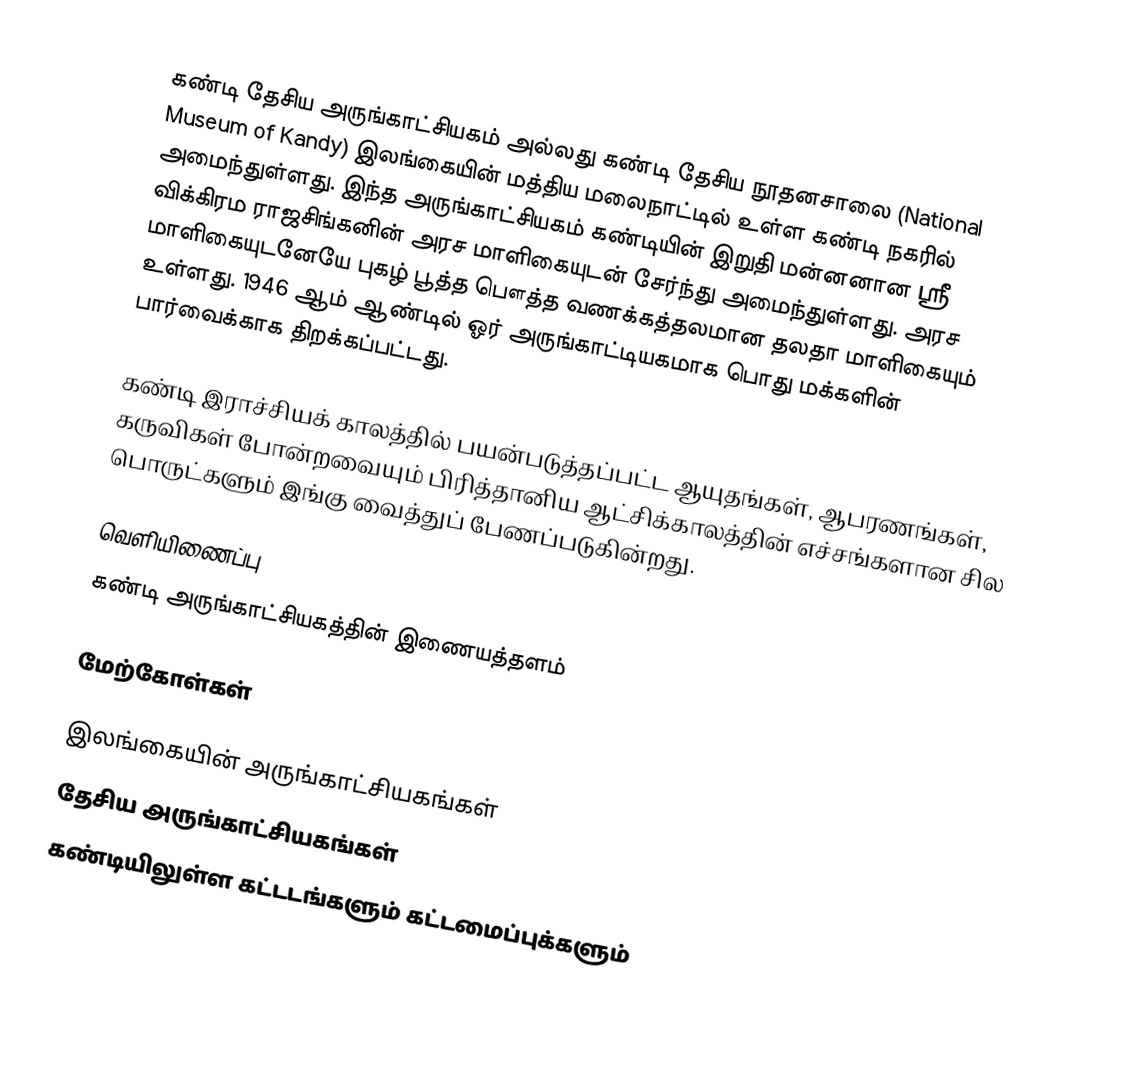
கண்டி தேசிய அருங்காட்சியகம் அல்லது கண்டி தேசிய நூதனசாலை (National Museum of Kandy) இலங்கையின் மத்திய மலைநாட்டில் உள்ள கண்டி நகரில் அமைந்துள்ளது. இந்த அருங்காட்சியகம் கண்டியின் இறுதி மன்னனான ஸ்ரீ விக்கிரம ராஜசிங்கனின் அரச மாளிகையுடன் சேர்ந்து அமைந்துள்ளது. அரச மாளிகையுடனேயே புகழ் பூத்த பௌத்த வணக்கத்தலமான தலதா மாளிகையும் உள்ளது. 1946 ஆம் ஆண்டில் ஓர் அருங்காட்டியகமாக பொது மக்களின் பார்வைக்காக திறக்கப்பட்டது.

கண்டி இராச்சியக் காலத்தில் பயன்படுத்தப்பட்ட ஆயுதங்கள், ஆபரணங்கள், கருவிகள் போன்றவையும் பிரித்தானிய ஆட்சிக்காலத்தின் எச்சங்களான சில பொருட்களும் இங்கு வைத்துப் பேணப்படுகின்றது.

வெளியிணைப்பு
கண்டி அருங்காட்சியகத்தின் இணையத்தளம்

மேற்கோள்கள்

இலங்கையின் அருங்காட்சியகங்கள்
தேசிய அருங்காட்சியகங்கள்
கண்டியிலுள்ள கட்டடங்களும் கட்டமைப்புக்களும்